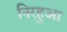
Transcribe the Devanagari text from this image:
निरहुआ